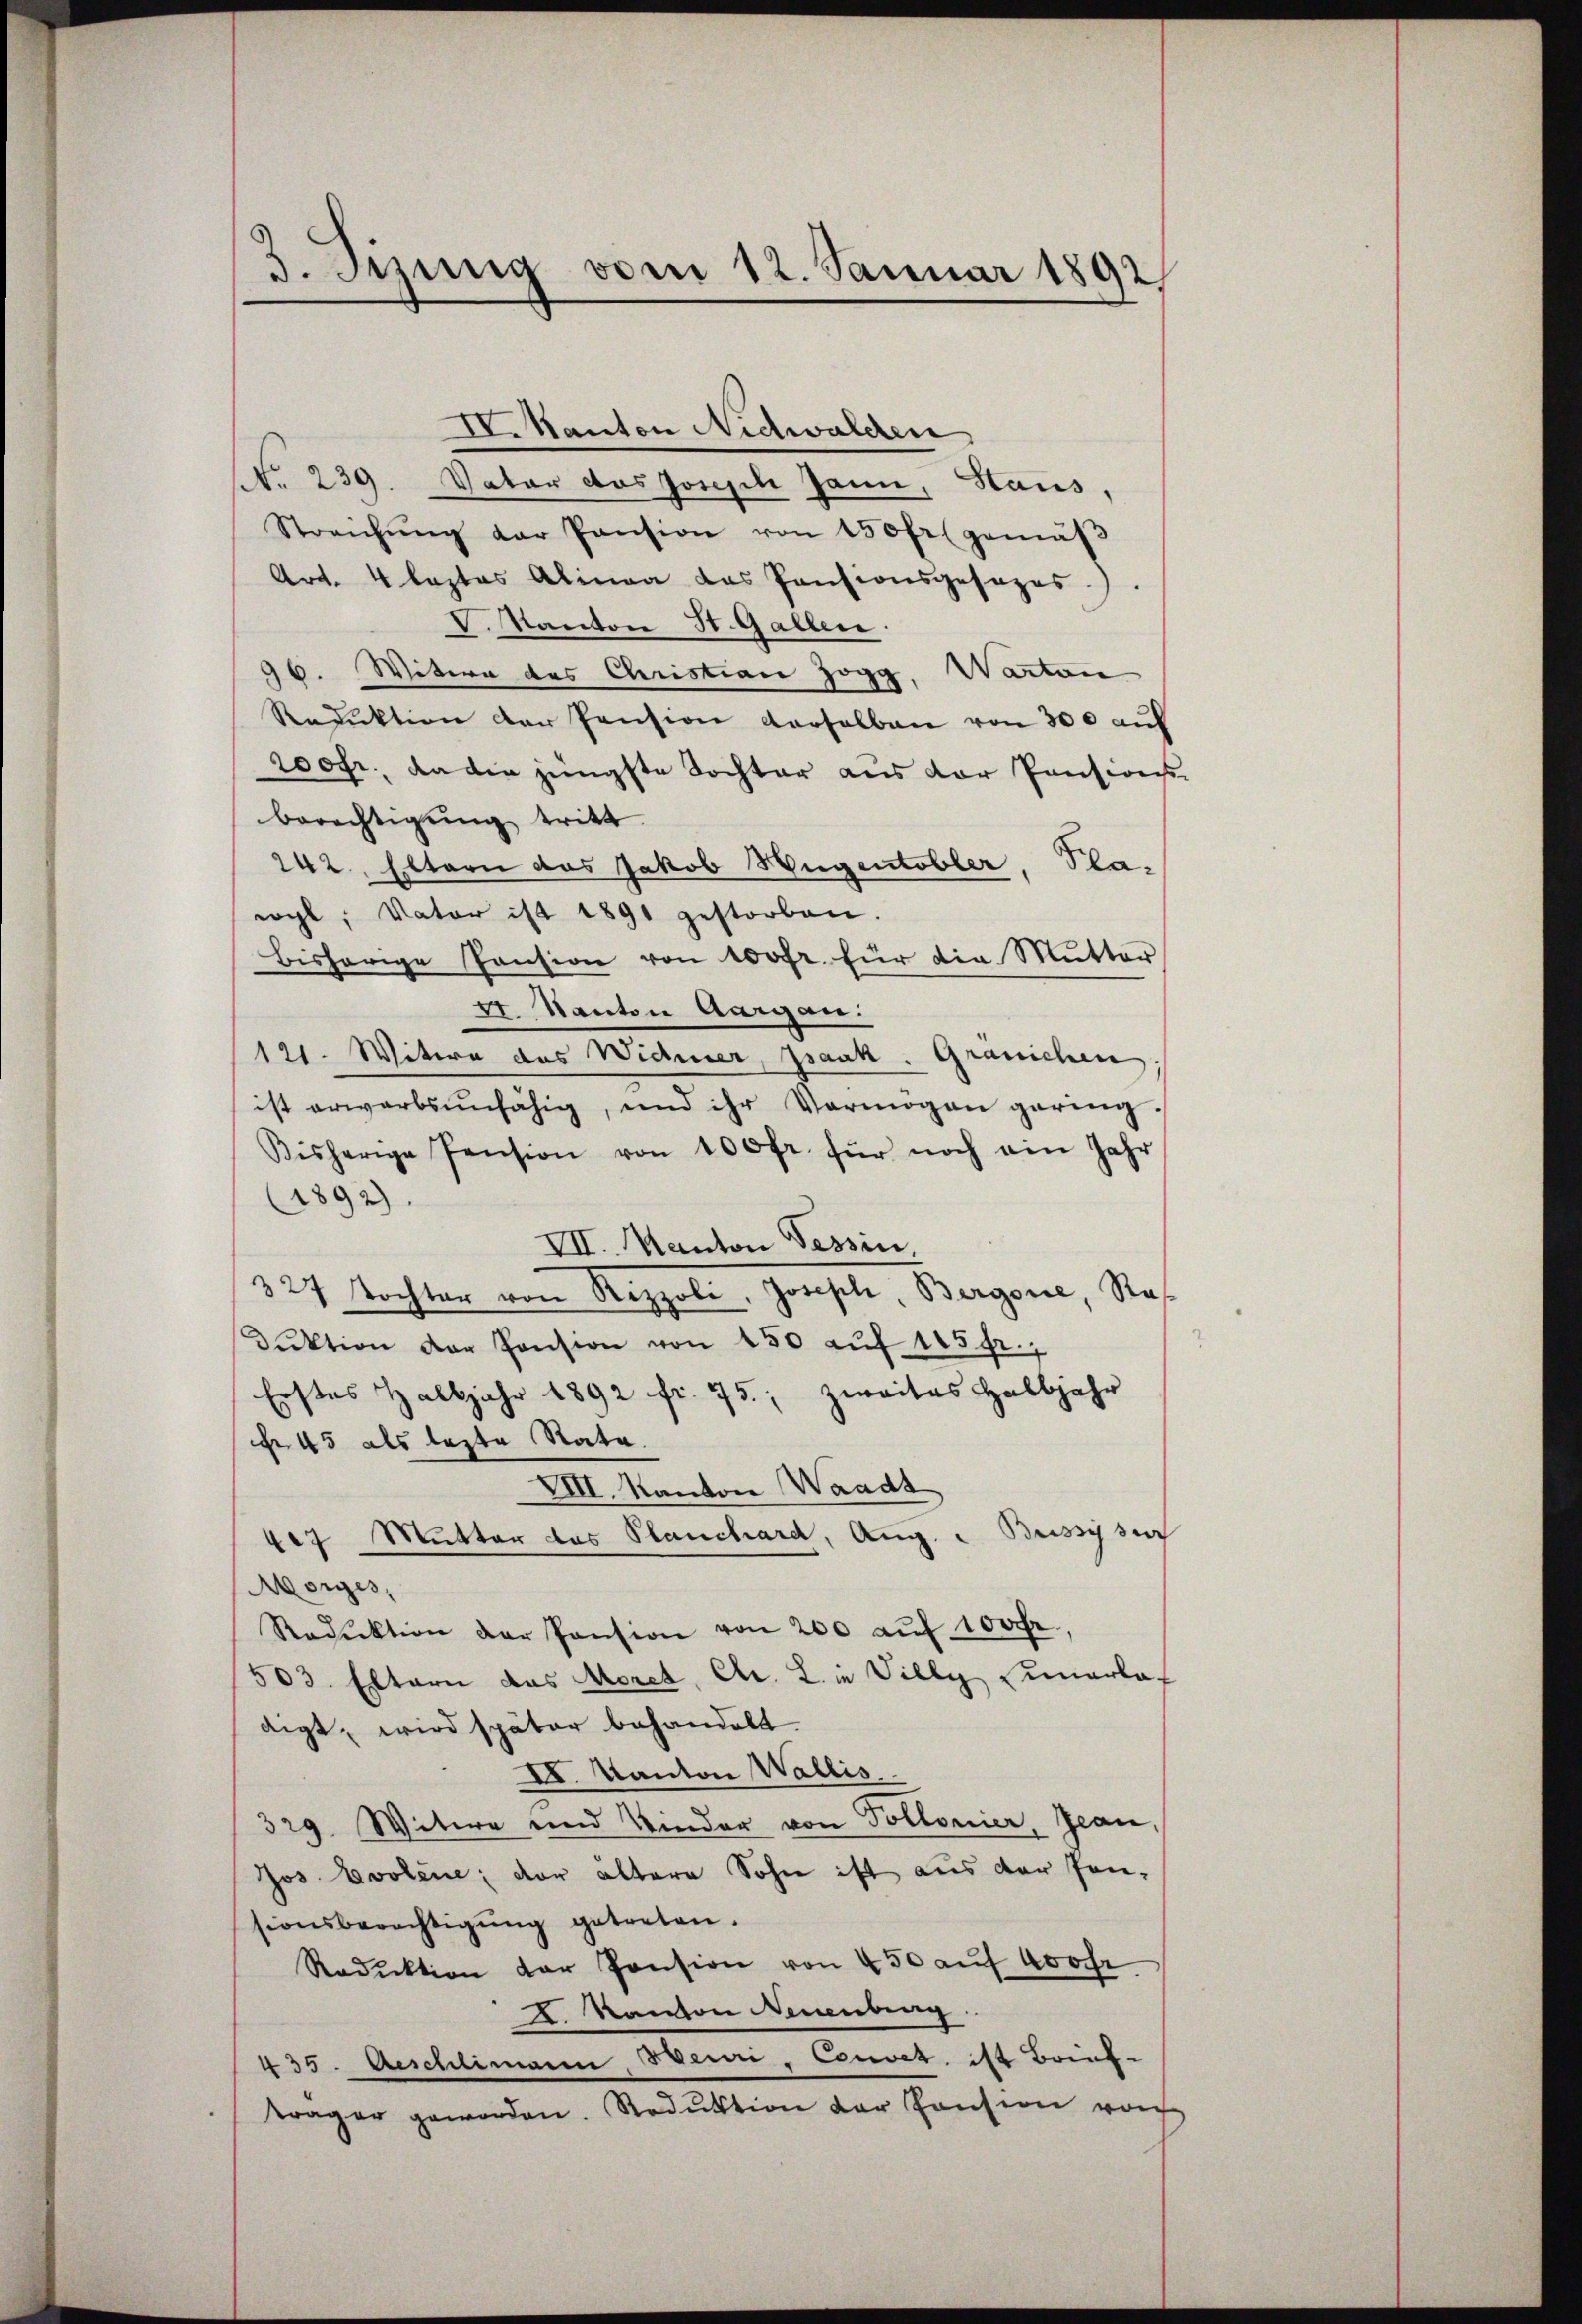
3. Sizung vom 12. Januar 1892

IV. Kanton Nidwalden
No. 239. Vater das Joseph Jann, Haus,
Streichŭng der Pansion von 150 fr (gemäβ
Art. 4 leztes Alinea das Pensionsgesezes.).
C. Kanton St. Gallen.
96. Witwe des Christian Jogg, Warton
Reduktion der Pension derselben von 300 auf
wohr, da die jüngste Tochter aus der Pensions-
berechtigung tritt.
242, Eltern das Jakob Hugentobler, Plawyl, Vater ist 1891 gestorben.
bisherige Pension von 100fr. für die Mutter
Fr. Kanton Aargau:
121. Witwe das Widmer, Isaak. Gränichen.
ist erwarbsunfähig, und ihr Vermögen gering,
Bisherige Pension von 100 fr. für noch ein Jahr
1892).
VII. Manton Tessin,
327 Tochter von Rezpoli, Joseph, Bergonie, Staf
duktion der Pension von 450 auf 125 gr.
Erstes Halbjahr 1892 fr. 75.; zweites Halbjahr
r 45 als lezte Rata.
VIII. Kanton Waadt
407 Mutter das Planchard, Aug. " Brissy sich
Morges,
Reduktion der Pension von 200 aŭf 100 fr.,
503. Eltern das Morel, Chr. L. in Villy einerlaf
digt, wird später behandelt.
II. Kanton Wallis,
329. Witwe und Kinder von Tollonier, Jean,
Jos. Evolene; der ältere Sohn ist aus der Jon-
sionsberechtigŭng getreten.
Reduktion der Pension von 450 auf Woche
2. Kanon Neuenburg
435. Aeschlimann Heuri, Couvet, ist Brief-
träger geworden. Rodŭktion der Pension von